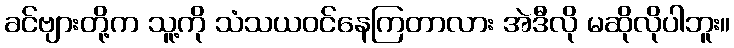
ခင်ဗျားတို့က သူ့ကို သံသယဝင်နေကြတာလား အဲဒီလို မဆိုလိုပါဘူး။